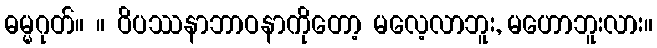
ဓမ္မဂုတ်။ ။ ဝိပဿနာဘာဝနာကိုတော့ မလေ့လာဘူး, မဟောဘူးလား။